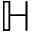
\mathbb { H }